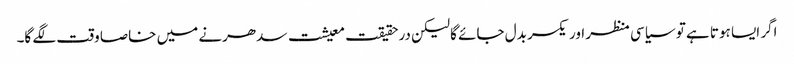
اگر ایسا ہوتا ہے تو سیاسی منظر اور یکسر بدل جائے گا لیکن درحقیقت معیشت سدھرنے میں خاصا وقت لگے گا۔